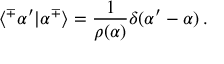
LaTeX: \langle ^ { \mp } \alpha ^ { \prime } | \alpha ^ { \mp } \rangle = \frac { 1 } { \rho ( \alpha ) } \delta ( \alpha ^ { \prime } - \alpha ) \, .